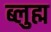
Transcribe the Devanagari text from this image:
ब्लुह्म